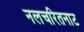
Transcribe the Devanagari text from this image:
नलचरितनाट